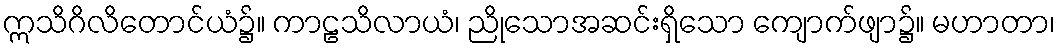
ဣသိဂိလိတောင်ယံ၌။ ကာဠသိလာယံ၊ ညိုသောအဆင်းရှိသော ကျောက်ဖျာ၌။ မဟာတာ၊